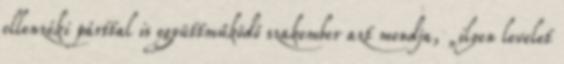
ellenzéki párttal is együttműködő szakember azt mondja, „ilyen levelet